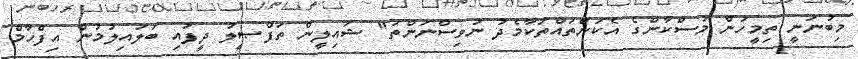
މިބުނަނީ ތިމީހުން މުސްކާންގެ އެކަންތައްތަކާމެދު ނުވިސްނަންތަ" ޝައިލީން ތަފްޞީލު ދީފައި ބަލައިލުމުން އިފްހާމް